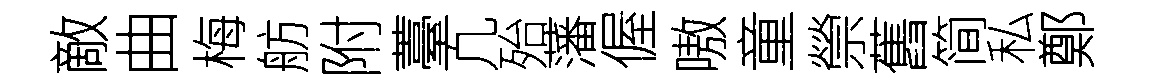
敵曲梅舫附薹凢殆藩偓嗷童禜舊简私鄭